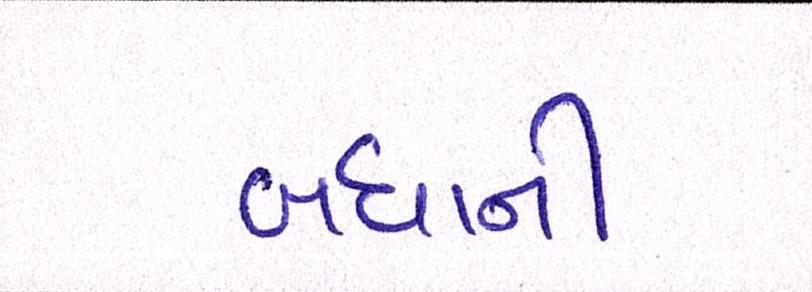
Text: બધાંની